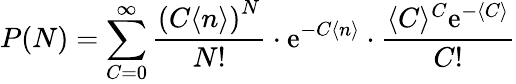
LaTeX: P(N)=\sum_{C=0}^{\infty}\frac{\left(C\langle n\rangle\right)^{N}}{N!}\cdot\mathrm{e}^{-C\langle n\rangle}\cdot\frac{\langle C\rangle^{C}\mathrm{e}^{-\langle C\rangle}}{C!}